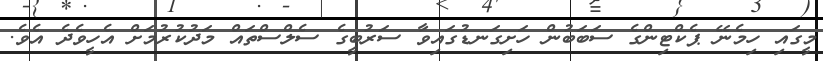
މީގައި ހިމެނޭ ޕެކްޓިންގެ ސަބަބުން ހަށިގަނޑުގައިވާ ސަރުބީގެ ސެލްސްތައް މަދުކުރުމަށް އެހީވެދެ އެވެ.